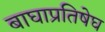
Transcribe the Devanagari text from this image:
बाघाप्रतिषेघ